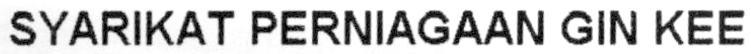
SYARIKAT PERNIAGAAN GIN KEE